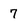
Character: 7